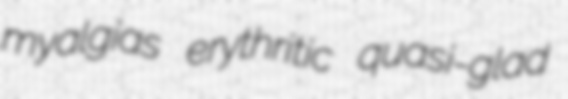
myalgias erythritic quasi-glad